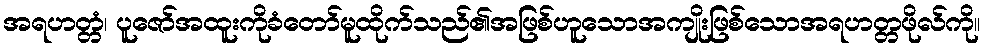
အရဟတ္တံ၊ ပူဇော်အထူးကိုခံတော်မူထိုက်သည်၏အဖြစ်ဟူသောအကျိုးဖြစ်သောအရဟတ္တဖိုလ်ကို။